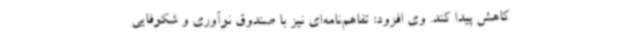
کاهش پیدا کند. وی افزود: تفاهم‌نامه‌ای نیز با صندوق نوآوری و شکوفایی